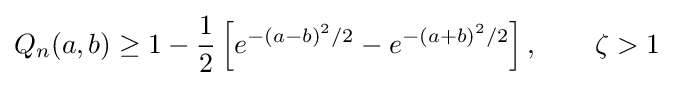
Q_{n}(a,b)\geq 1-{\frac {1}{2}}\left[e^{-(a-b)^{2}/2}-e^{-(a+b)^{2}/2}\right],\qquad \zeta >1